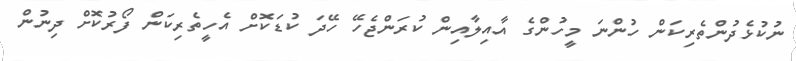
ނުކުޅެދުންތެރިކަން ހުންނަ މީހުންގެ އާއިލާއިން ކުރަންޖެހޭ ހޭދަ ކުޑަކޮށް އެހީތެރިކަން ފޯރުކޮށް ދިނުން